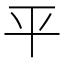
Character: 平